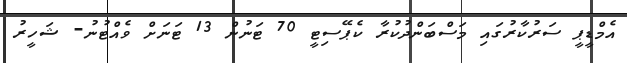
އެމްޑީޕީ ސަރުކާރުގައި މަސްބަންދުކުރާ ކެޕޭސިޓީ 70 ޓަނުން 13 ޓަނަށް ވެއްޓުނު- ޝަހީރު